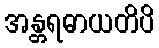
အန္တရဓာယတိပိ